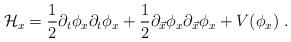
LaTeX: \begin{align*}{\cal H}_x={\frac {1}{2}}\partial_t \phi_x \partial_t \phi_x + {\frac {1}{2}}\partial_{\vec{x}} \phi_x \partial_{\vec{x}} \phi_x + V(\phi_x) \;.\end{align*}